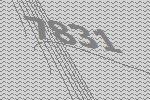
7831